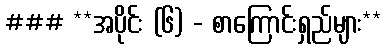
### **အပိုင်း (၆) - စာကြောင်းရှည်များ**